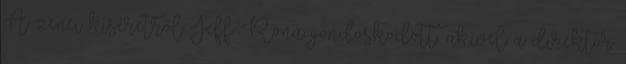
A zenei kíséretről Jeff Rona gondoskodott, akivel a direktor